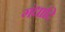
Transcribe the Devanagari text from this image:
गंधादि